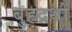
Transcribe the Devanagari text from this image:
बुहद्रथों